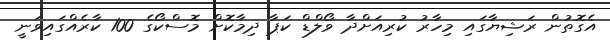
އެގޮތުން ރަޝިޔާގައި މިހާރު ކުރިއަށްދާ ވޯލްޑް ކަޕާ ދިމާކޮށް މޮސްކޯގެ 100 ކާރެއްގައިވަނީ